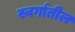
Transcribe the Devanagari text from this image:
स्वर्गांतील